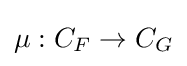
\mu :C_{F}\to C_{G}